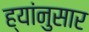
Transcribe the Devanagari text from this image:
ह्यांनुसार